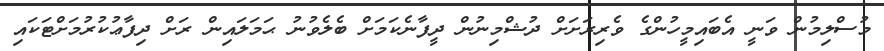
މުސްލިމުން ވަނީ އެބައިމީހުންގެ ވެރިރަށަށް ދުޝްމިނުން ދީފާނެކަމަށް ބެލެވުނު ޙަމަލައިން ރަށް ދިފާޢުކުރުމަށްޓަކައި